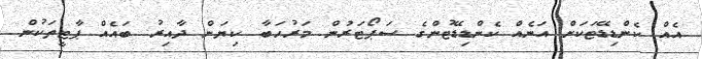
އެއް ކެންޑިޑޭޓަކަށް އަނެއް ކެންޑިޑޭޓުންގެ ސަޕޯޓަރުން މަރުހަބާ ކިޔަން ދާއިރު ބައެއް ޕާޓީތަކުން